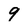
Character: 9